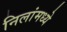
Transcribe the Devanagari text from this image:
निलांमध्ये